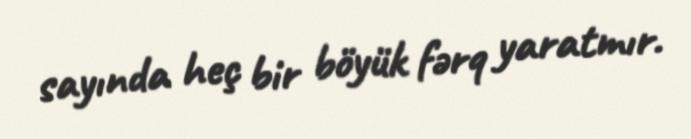
sayında heç bir böyük fərq yaratmır.